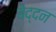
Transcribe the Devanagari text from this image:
बेद्दन